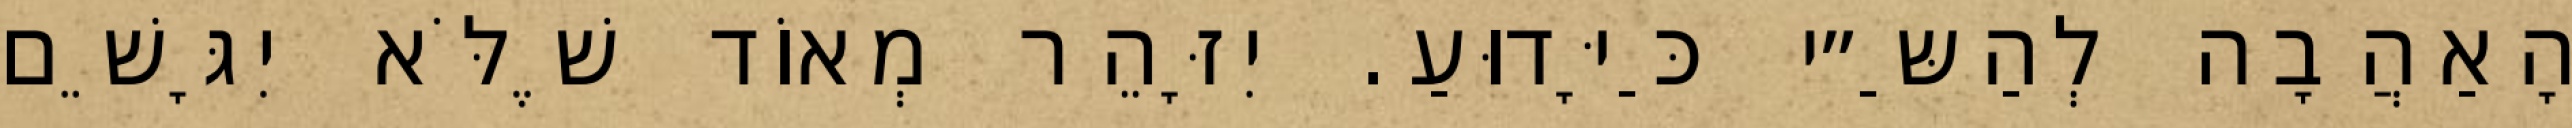
הָאַהֲבָה לְהַשַּ״י כַּיָּדוּעַ. יִזָּהֵר מְאוֹד שֶׁלֹּא יִגָּשֵׁם